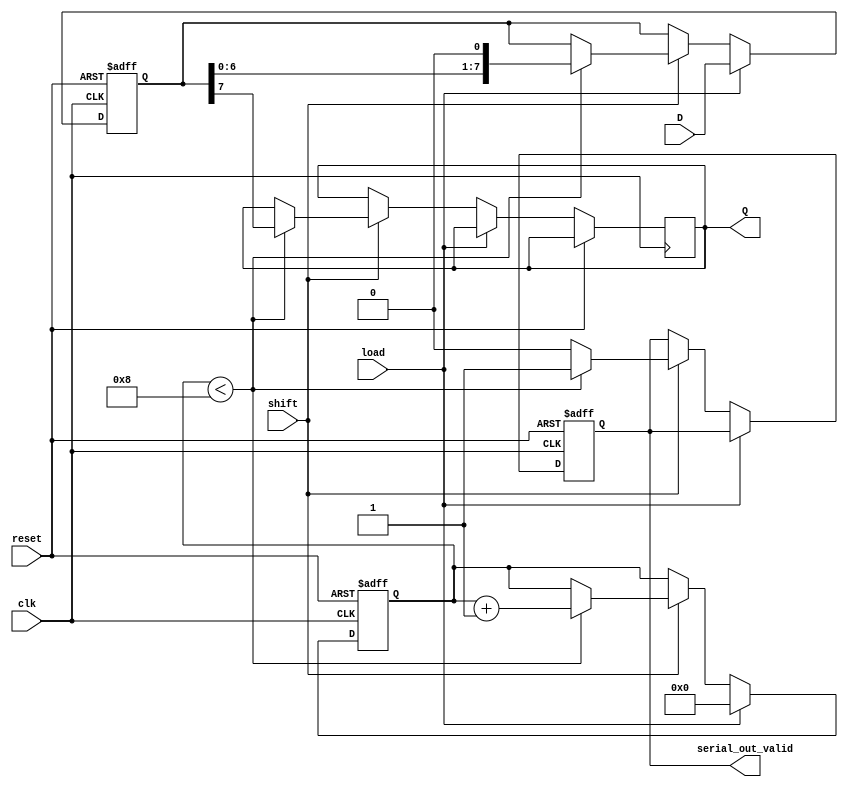
module PISO_Register (
    input wire clk,               // Clock signal
    input wire load,              // Load control signal
    input wire shift,             // Shift control signal
    input wire reset,             // Reset signal
    input wire [7:0] D,           // 8-bit parallel input data
    output reg Q,                 // Serial output
    output reg serial_out_valid    // Serial output valid signal
);
    reg [7:0] shift_reg;          // 8-bit shift register
    reg [3:0] bit_count;          // Count the number of bits shifted out

    // Reset or Load data into the shift register
    always @(posedge clk or posedge reset) begin
        if (reset) begin
            shift_reg <= 8'b0;      // Clear the shift register
            serial_out_valid <= 1'b0; // Invalid output initially
            bit_count <= 4'b0;      // Reset bit count
        end else if (load) begin
            shift_reg <= D;         // Load the parallel data into the shift register
            bit_count <= 4'b0;      // Reset bit count for shifting
        end else if (shift) begin
            if (bit_count < 8) begin
                Q <= shift_reg[7];   // Output the most significant bit
                shift_reg <= {shift_reg[6:0], 1'b0}; // Shift left
                bit_count <= bit_count + 1; // Increment bit count
                serial_out_valid <= 1'b1; // Set output valid
            end else begin
                serial_out_valid <= 1'b0; // No more bits to shift out
            end
        end
    end
endmodule